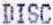
DISC